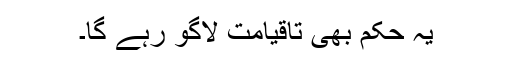
یہ حکم بھی تاقیامت لاگو رہے گا۔